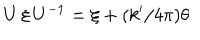
LaTeX: U \, \xi \, U ^ { - 1 } = \xi + ( k ^ { \prime } / 4 \pi ) \theta